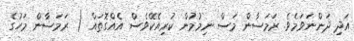
އަދި ދަންނަވަމެވެ. ރަމަޟާން މަސް ނިމުމުން ކުރިއެކޭވެސް އެއްގޮތައް ( ރަމަޟާން މަހުގެ